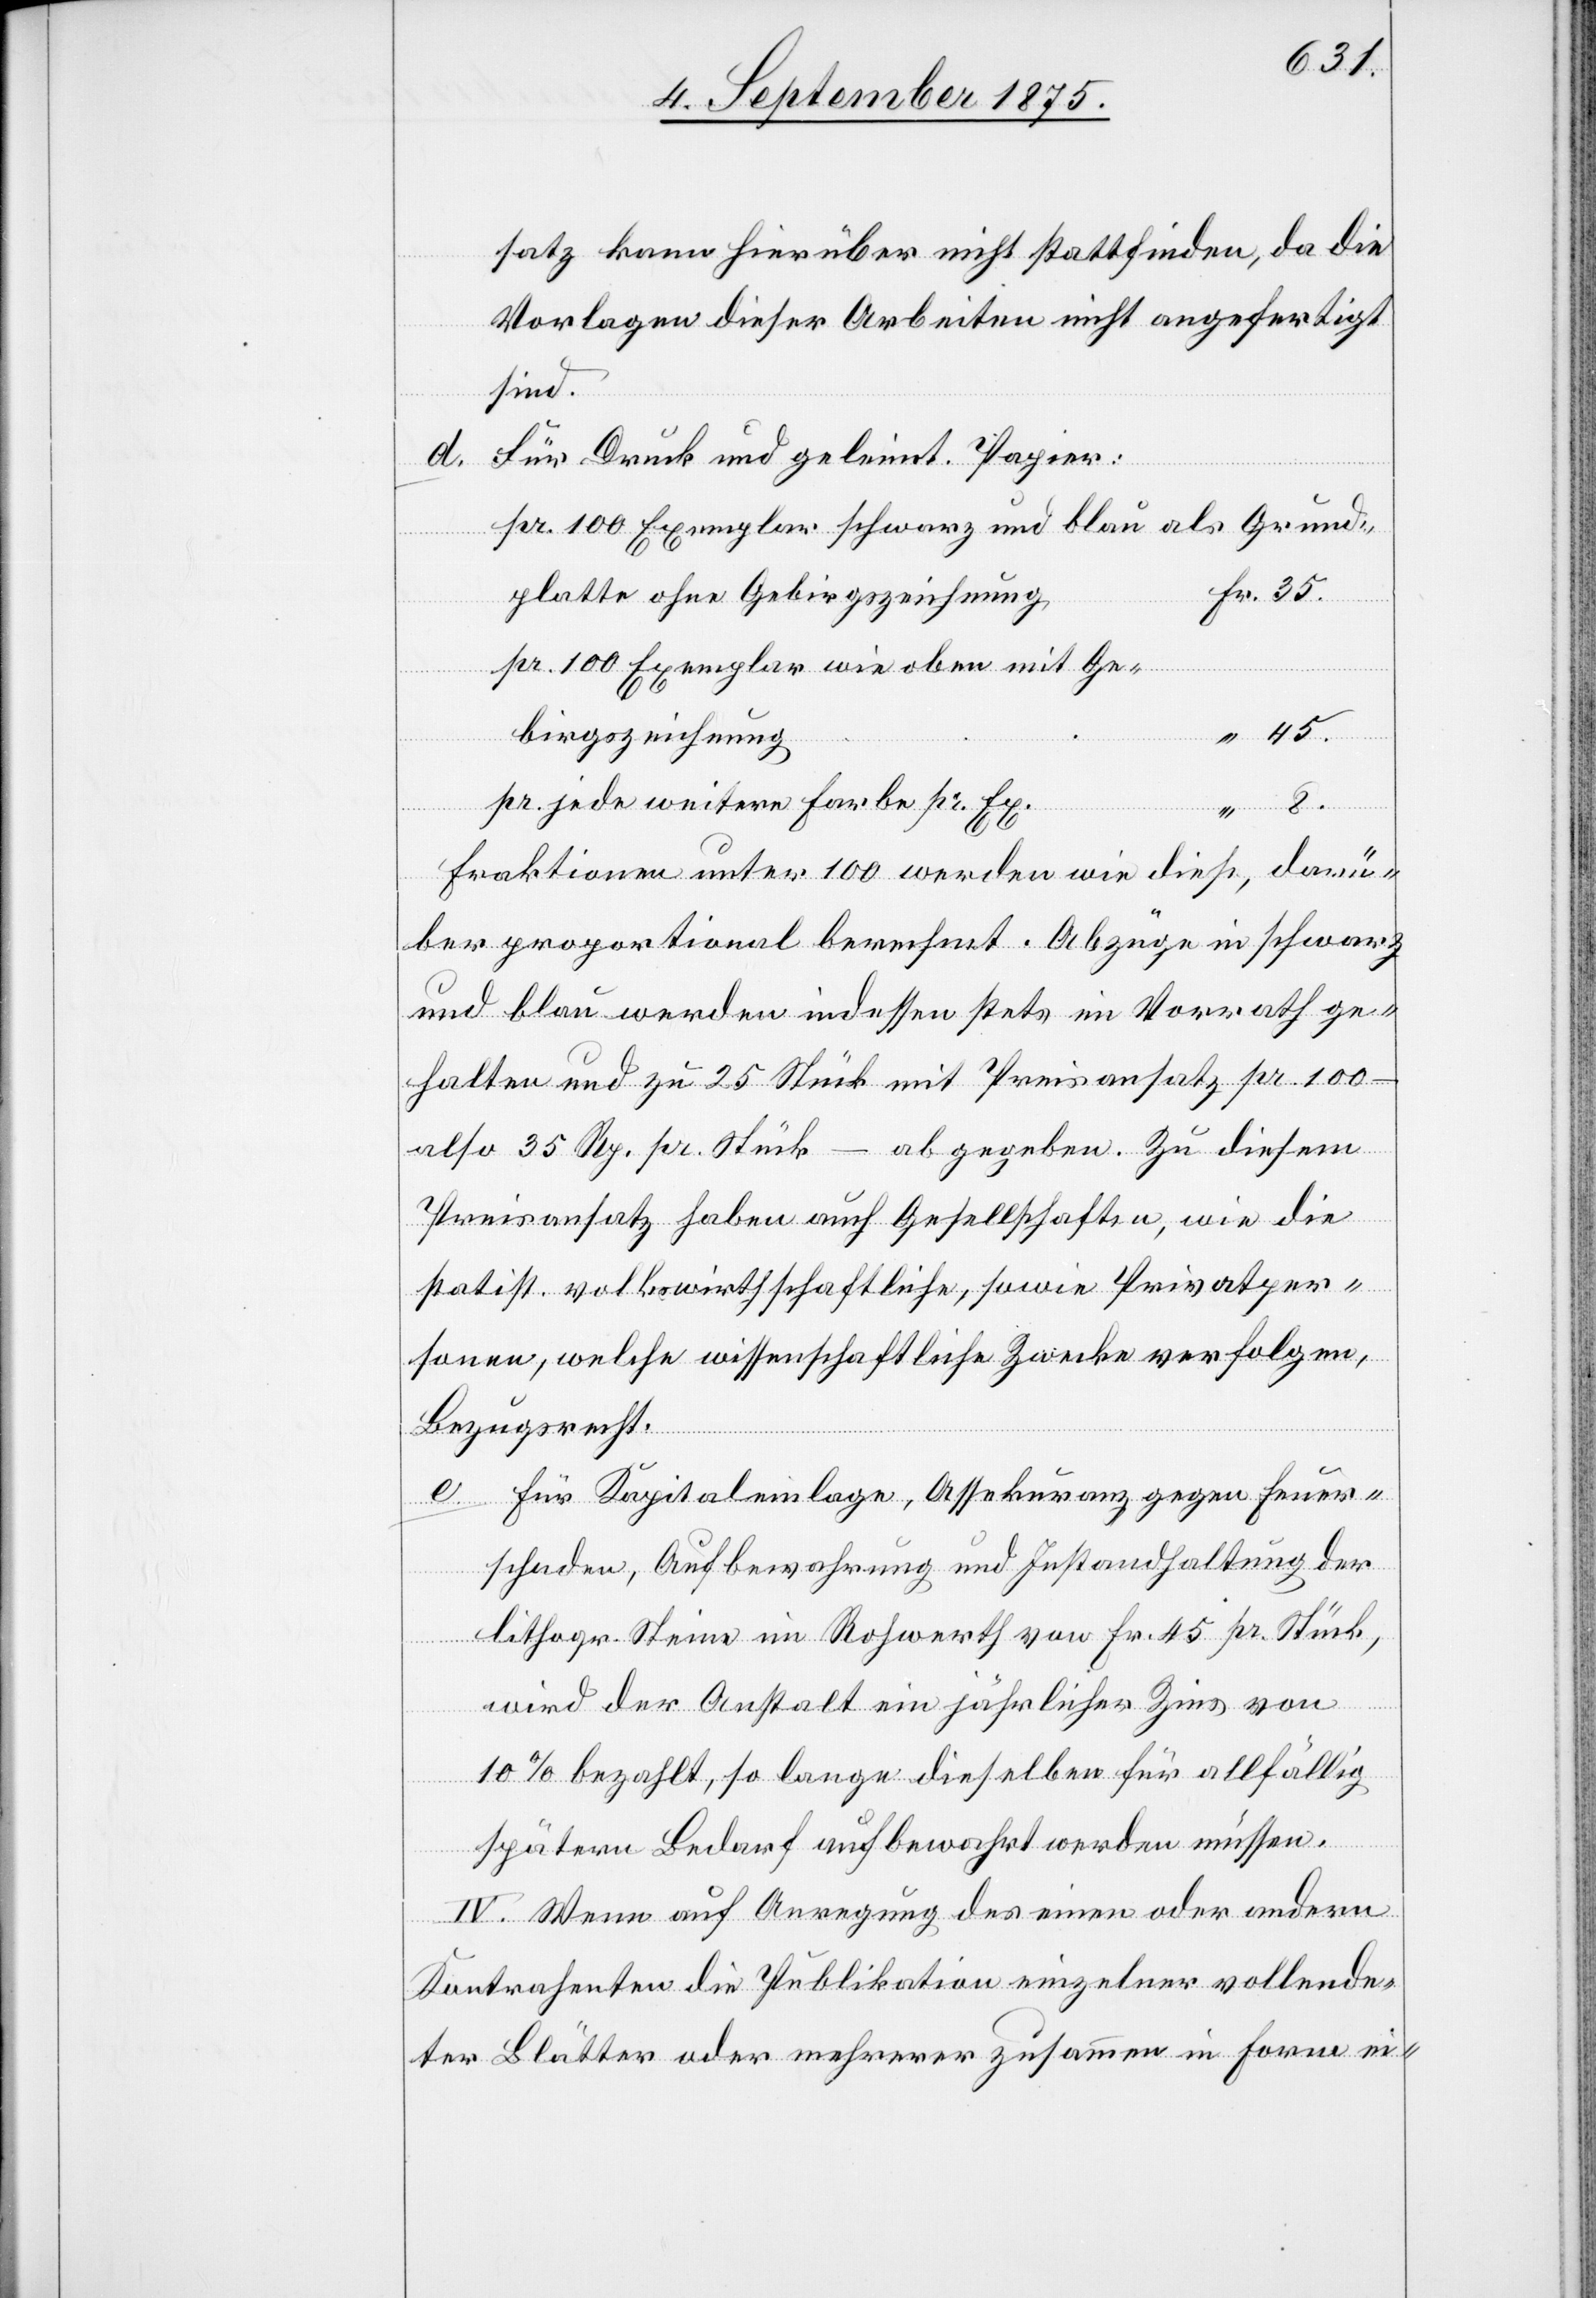
satz kann hierüber nicht stattfinden, da die
Vorlagen dieser Arbeiten nicht angefertigt
sind.
Für Druck und geleimt. Papier:
pr. 100 Exemplar Schwarz und blau als Grund
Platte ohne Gebirgszeichnung
pr. 100 Exemplar wie oben mit Ge¬
birgszeichnung
pr. jede weitere Farbe pr. Ex.
Fraktionen unter 100 werden wie dieß, darü¬
ber proportional berechnet. Abzüge in schwarz
und blau werden indessen stets im Vorrath ge¬
halten und zu 25 Stück mit Preisansatz pr. 100 –
abgegeben. Zu diesem
also 35 Rp. pr. Stück –
Preisansatz haben auch Gesellschaften, wie die
statist. volkswirthschaftliche, sowie Privatper¬
sonen, welche wissenschaftliche Zwecke verfolgen,
Bezugsrecht.
e. Für Kapitaleinlage, Assekuranz gegen Feuer¬
schaden, Aufbewahrung und Instandhaltung der
lithogr. Steine im Rohwerth von Fr. 45 pr. Stück,
wird der Anstalt ein jährlicher Zins von
10% bezahlt, so lange dieselben für allfällig
8.
spätern Bedarf aufbewahrt werden müssen.
IV. Wenn auf Anregung des einen oder andern
Kontrahenten die Publikation einzelner vollende¬
ter Blätter oder mehrerer zusammen in Form ei-